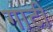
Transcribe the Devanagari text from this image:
गाटी